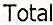
TOTAL